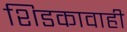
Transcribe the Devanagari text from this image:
शिडकावाही